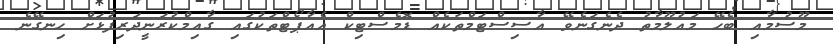
މޫސުމާއި ބެހޭ މައުލޫމާތު ދެނެގަނެވޭ އާސިސްޓަމްތަކެއް ޑޮމެސްޓިކް އެއާޕޯޓްތަކުގައި ގާއިމްކުރަނީދަރިފުޅަށް ހިނގޭނެ